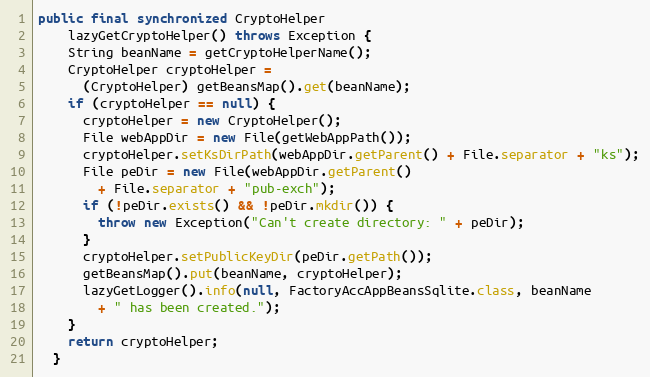
Language: Java
public final synchronized CryptoHelper
    lazyGetCryptoHelper() throws Exception {
    String beanName = getCryptoHelperName();
    CryptoHelper cryptoHelper =
      (CryptoHelper) getBeansMap().get(beanName);
    if (cryptoHelper == null) {
      cryptoHelper = new CryptoHelper();
      File webAppDir = new File(getWebAppPath());
      cryptoHelper.setKsDirPath(webAppDir.getParent() + File.separator + "ks");
      File peDir = new File(webAppDir.getParent()
        + File.separator + "pub-exch");
      if (!peDir.exists() && !peDir.mkdir()) {
        throw new Exception("Can't create directory: " + peDir);
      }
      cryptoHelper.setPublicKeyDir(peDir.getPath());
      getBeansMap().put(beanName, cryptoHelper);
      lazyGetLogger().info(null, FactoryAccAppBeansSqlite.class, beanName
        + " has been created.");
    }
    return cryptoHelper;
  }